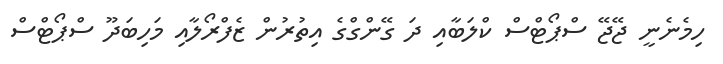
ހިމެނެނީ ޖޭޖޭ ސްޕޯޓްސް ކްލަބާއި ދަ ގޭންގްގެ އިތުރުން ޒެފްރޯލާއި މަހިބަދޫ ސްޕޯޓްސް